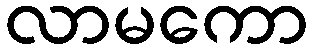
လာမကော